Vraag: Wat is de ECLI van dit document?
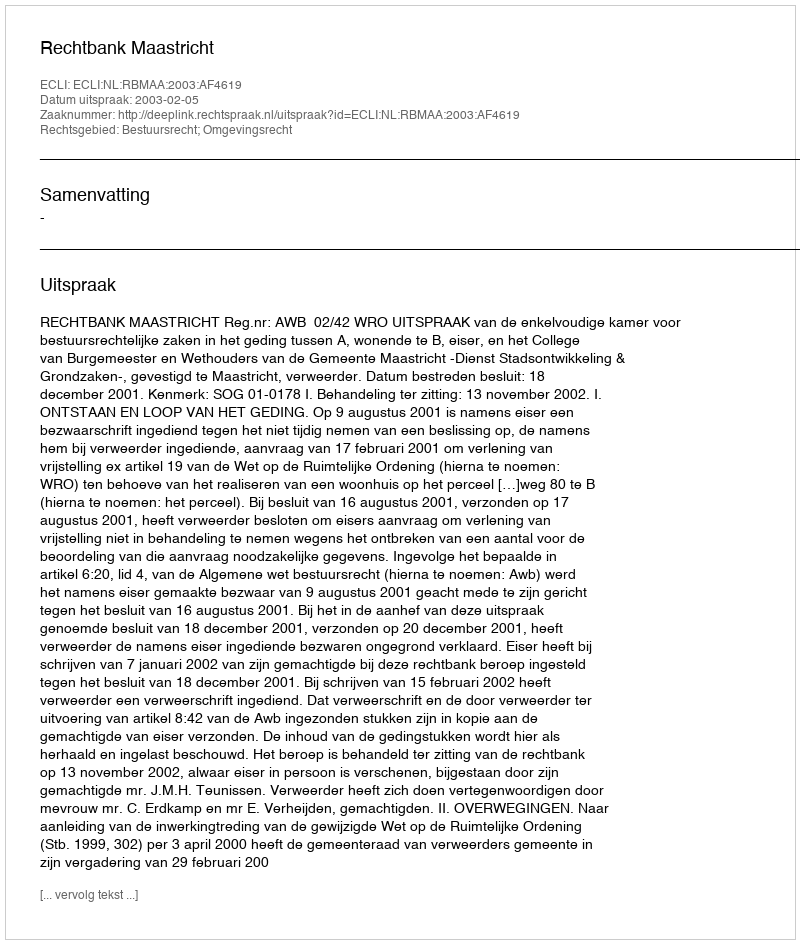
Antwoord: ECLI:NL:RBMAA:2003:AF4619